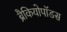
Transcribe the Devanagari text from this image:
ब्रैकियोपॉडस